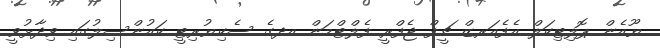
ޔޫއެން ޕޮލިޓިކަލް އެފެއަރޒް ޗީފް ޖެފްރީ ފެލްޓްމަން އދގެ ސެކިޔުރިޓީ ކައުންސިލުގައި ވިދާޅުވީ